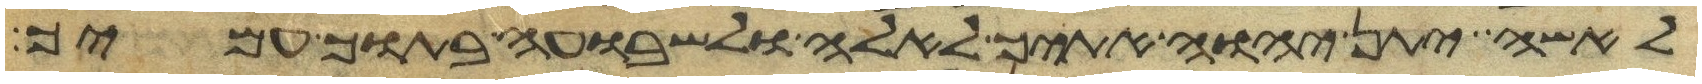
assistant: לאשה יתן יהוה אתיך לאלה ולשבועה בתוך עמיך